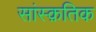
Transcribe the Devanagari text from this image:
सांस्‍क़तिक